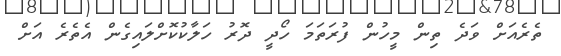
ތެރެއަށް ވަދެ ތިން މީހުން ފުރަތަމަ ހޯދީ ދޮރު ހަލާކުކޮށްލައިގެން އެތެރެ އަށް